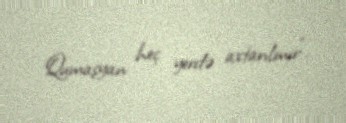
Qumaşyan heç yerdə axtarılmır”.